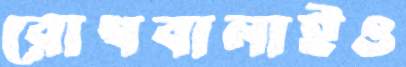
রোগবালাইও